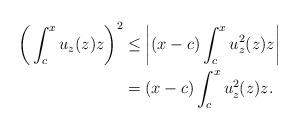
LaTeX: \begin{align*}\bigg(\int_{c}^xu_z(z)z\bigg)^2&\leq \bigg|(x-c)\int_{c}^xu^2_z(z)z\bigg|\\&=(x-c)\int_{c}^xu^2_z(z)z.\end{align*}